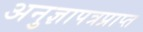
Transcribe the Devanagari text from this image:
अनुज्ञापत्रप्राप्त